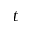
t